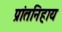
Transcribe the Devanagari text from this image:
प्रांतनिहाय